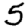
Digit: 5